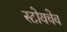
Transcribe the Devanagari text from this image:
स्टोयचेव